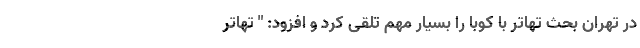
در تهران بحث تهاتر با کوبا را بسیار مهم تلقی کرد و افزود: " تهاتر